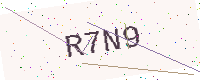
Text: R7N9